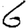
Digit: 6